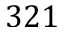
3 2 1